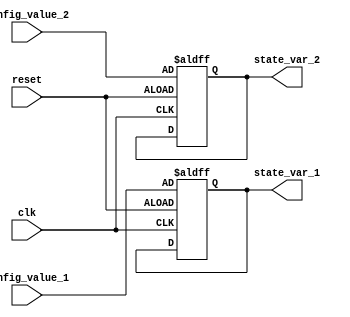
module configurable_initial_conditions #(
    parameter integer INITIAL_VALUE_1 = 8'd0, // Default initial value for state variable 1
    parameter integer INITIAL_VALUE_2 = 8'd1  // Default initial value for state variable 2
)(
    input wire clk,                         // Clock input
    input wire reset,                       // Reset signal
    input wire [7:0] config_value_1,       // External configuration for state variable 1
    input wire [7:0] config_value_2,       // External configuration for state variable 2
    output reg [7:0] state_var_1,          // Internal state variable 1
    output reg [7:0] state_var_2           // Internal state variable 2
);

    // Initial initialization logic based on parameters
    initial begin
        state_var_1 = INITIAL_VALUE_1;
        state_var_2 = INITIAL_VALUE_2;
    end

    // Reset mechanism
    always @(posedge clk or posedge reset) begin
        if (reset) begin
            // Reinitialize state variables with configured values on reset
            state_var_1 <= config_value_1;
            state_var_2 <= config_value_2;
        end else begin
            // Behavioral modeling based on initialized states
            // (Add your specific behavioral modeling logic here)
        end
    end

endmodule